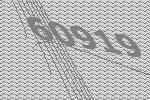
60919